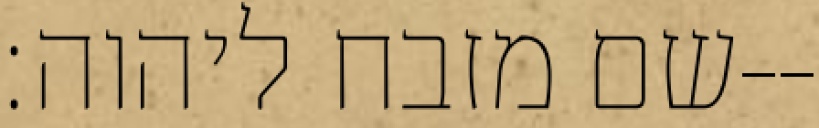
שם מזבח ליהוה׃--